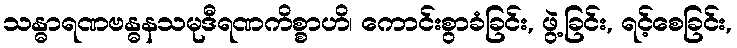
သန္ဓာရဏဗန္ဓနသမုဒီရဏကိစ္စာဟိ၊ ကောင်းစွာခံခြင်း, ဖွဲ့ခြင်း, ရင့်စေခြင်း,